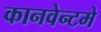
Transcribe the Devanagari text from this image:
कानवेन्टमे